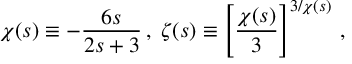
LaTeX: { \chi } ( s ) \equiv - \frac { 6 s } { 2 s + 3 } \, , \; { \zeta } ( s ) \equiv \left[ \frac { { \chi } ( s ) } { 3 } \right] ^ { 3 / { \chi } ( s ) } \, ,